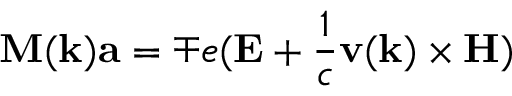
\mathbf { M } ( \mathbf { k } ) \mathbf { a } = \mp e ( \mathbf { E } + { \frac { 1 } { c } } \mathbf { v } ( \mathbf { k } ) \times \mathbf { H } )